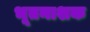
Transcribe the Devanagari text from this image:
भूतनाशक